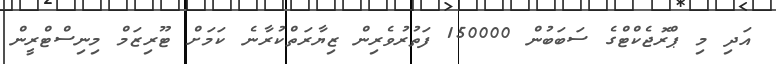
އަދި މި ޕްރޮޖެކްޓްގެ ސަބަބުން 150000 ފަތުރުވެރިން ޒިޔާރަތްކުރާނެ ކަމަށް ޓޫރިޒަމް މިނިސްޓްރީން